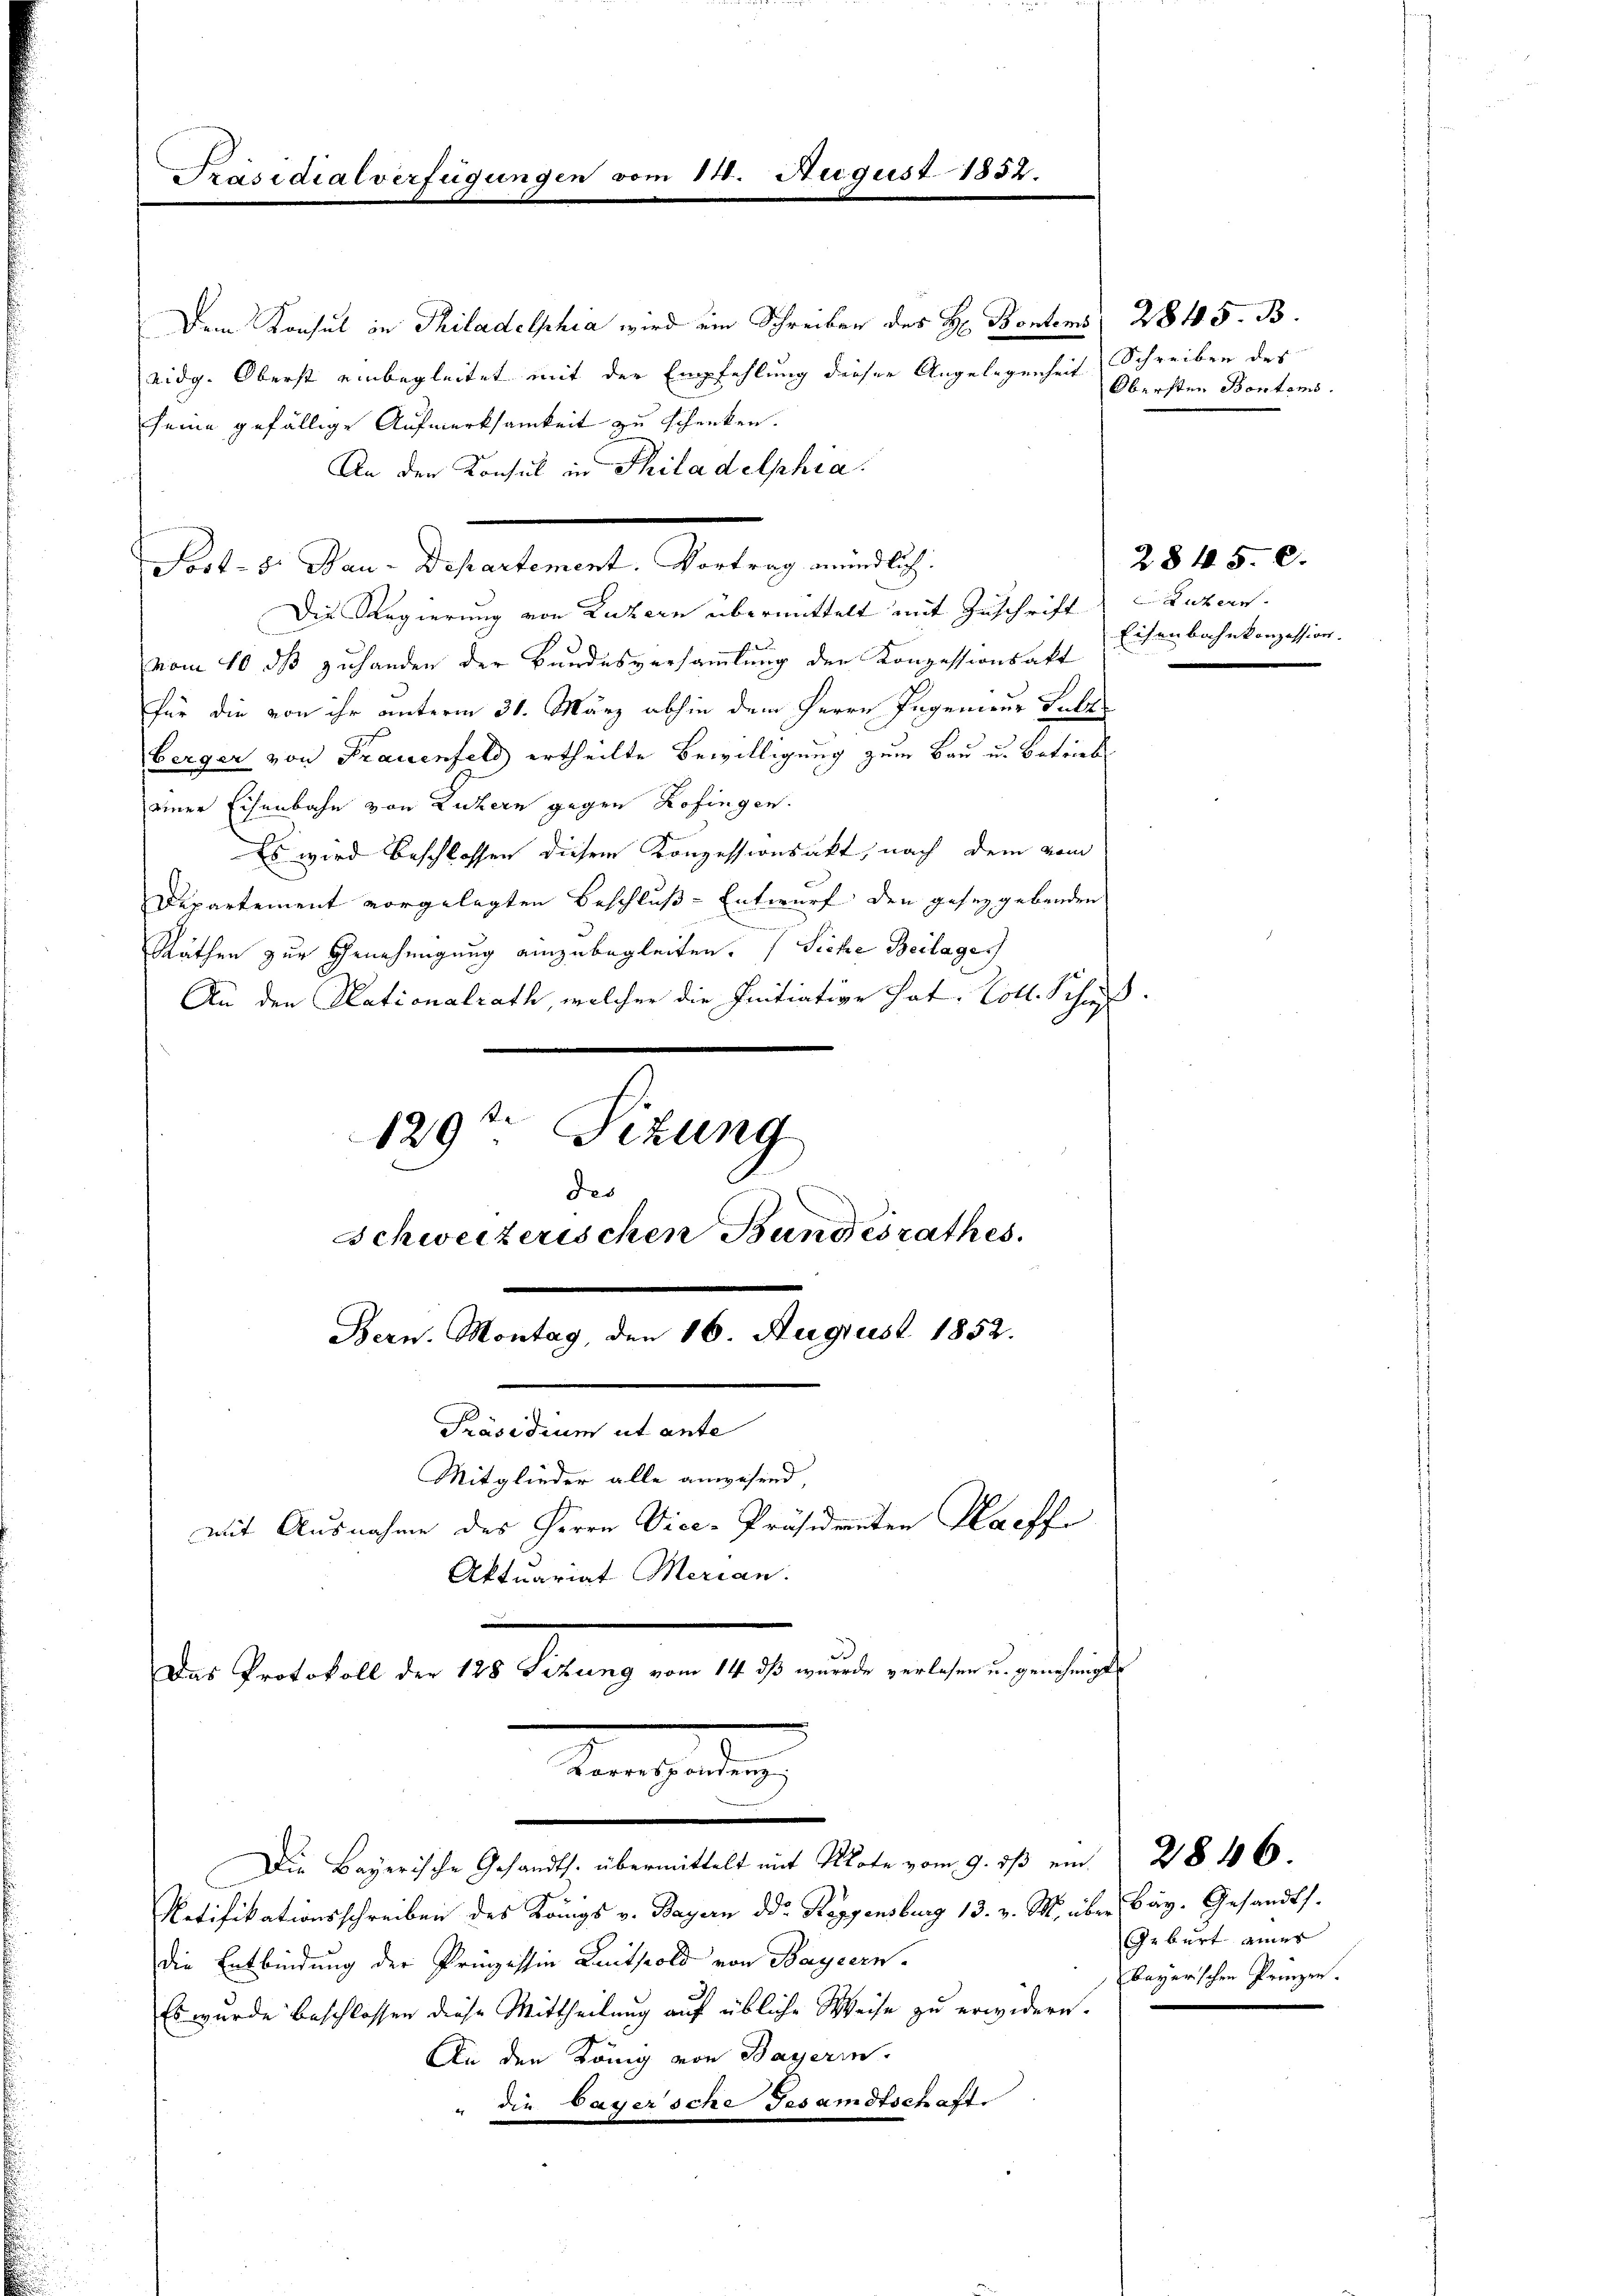
Präsidialverfügung

Dem Konsul in Philadelphia wird ein Schreiben des H. Bontoms 2845. B.
eidg. Oberst einbegleitet mit der Empfehlung dieser Angelegenheit
seine gefällige Aufmerksamkeit zu schenken.
An den Konsul in Philadelphia
Die Regierung von Luzern übermittelt mit Zuschrift
vom 10. ds zuhanden der Bundesversammlung der Konzessionsakt
für die von ihr unterm 31. März abhin dem Herrn Ingenieur Fall
berger von Frauenfeld ertheilte Bewilligung zum Bau u. Betriebe
einer Eisenbahn von Luzern gegen Kofingen.
Es wird beschlossen diesem Konzessionsakt, nach dem vom
Departement vorgelegten Beschluß-Entwurf den gesezgebenden
Räthen zur Genehmigung einzubegleiten. (Siche Beilage
An den Rationalrath, welcher die Initiative hat. Coll. Schu
K
129 Sitzung
des
Schweizerischen Bundesrathes.
Bern. Montag, den 16. August 1852.
Präsidium ut ante
Mitglieder alle anwesend,
mit Ausnahme des Herrn Vice-Präsidenten Haeffe

Post- 8. Bau-Departement. Vortrag mündlich.

14. August 1852.

Aktuariat Merian.
d
Das Protokoll der 128 Sitzung vom 14. ds wurde verlesen u. genehmigt

Korrespondenz
Die Bayerische Gesandts. übermittelt mit Note vom 9. ds ein " 218 46.

Notifikationsschreiben des Königs v. Bayern ddr Roggensburg 13. v. M. über Bay. Gesandts.
die Entbindung der Prinzessin Knitspold von Bayern.
Es wurde beschlossen diese Mittheilung auf übliche Weise zu erwidern.
An den König von Bayerin.
" die Gagersche Gesandtschaft.

Schreiben des
Obersten Bontems.

Sutern
Eisenbahnkonzession.

2845. 60.

Geburt eines
bayerischen Prinzen.